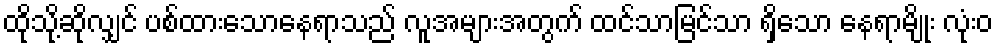
ထိုသို့ဆိုလျှင် ပစ်ထားသောနေရာသည် လူအများအတွက် ထင်သာမြင်သာ ရှိသော နေရာမျိုး လုံးဝ